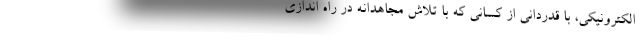
الکترونیکی، با قدردانی از کسانی که با تلاش مجاهدانه در راه اندازی